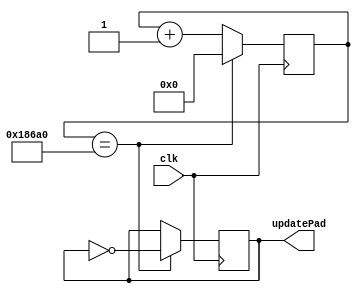
module updateCLK2(clk, updatePad);
input clk;
output reg updatePad;
reg[21:0]count;

always @(posedge clk)
begin
	count <= count + 1;
	if(count == 100000)
	begin
		updatePad <= ~updatePad;
		count <= 0;
	end
end
endmodule